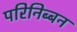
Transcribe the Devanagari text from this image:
परिनिब्बन